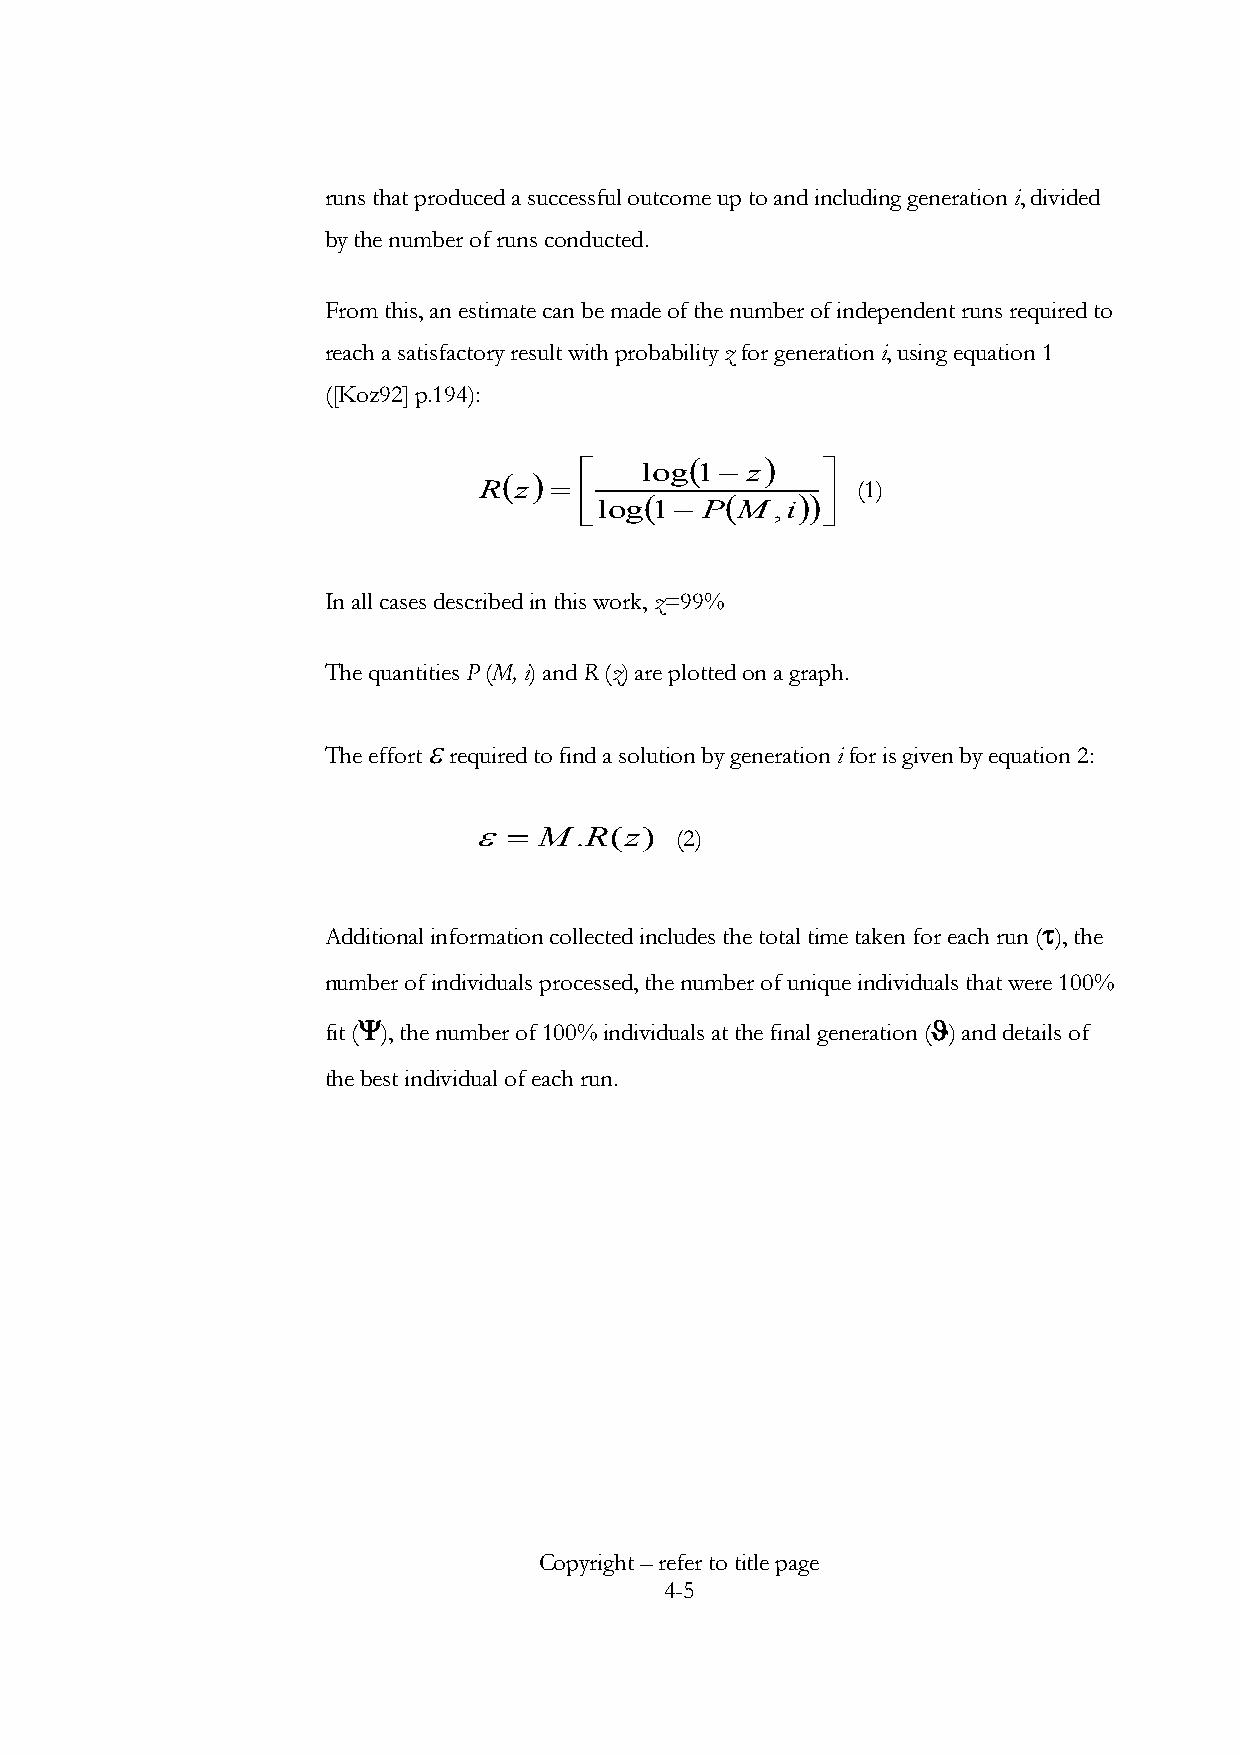
runs that produced a successful outcome up to and including generation i, divided
 by the number of runs conducted.
 From this, an estimate can be made of the number of independent runs required to
 reach a satisfactory result with probability z for generation i, using equation 1
 ([Koz92] p.194):
 é   log( 1- z)  ù
 ( )
 R z = ê    (    (    ))ú (1)
 ëlog 1- P  M,i  û
 In all cases described in this work, z=99%
 The quantities P (M, i) and R (z) are plotted on a graph.
 e
 The effort required to find a solution by generation i for is given by equation 2:
 e=   M.R(z)   (2)
 Additional information collected includes the total time taken for each run (t), the
 number of individuals processed, the number of unique individuals that were 100%
 fit (Y), the number of 100% individuals at the final generation (J) and details of
 the best individual of each run.
 Copyright – refer to title page
 4-5